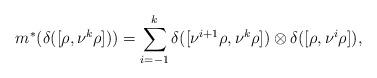
LaTeX: \begin{align*}m^*(\delta([\rho,\nu^k\rho]))=\sum_{i=-1}^k \delta([\nu^{i+1}\rho,\nu^k\rho]) \otimes\delta([\rho,\nu^{i}\rho]),\end{align*}